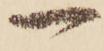
一